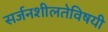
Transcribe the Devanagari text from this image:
सर्जनशीलतेविषयी